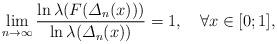
LaTeX: \begin{align*} \lim_{n\rightarrow\infty}\frac{\ln\lambda(F(\varDelta_n(x)))}{\ln\lambda(\varDelta_n(x))}=1, \quad\forall x\in[0;1],\end{align*}